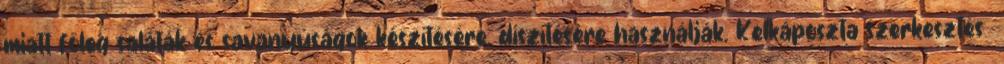
miatt főleg saláták és savanyúságok készítésére, díszítésére használják. Kelkáposzta szerkesztés